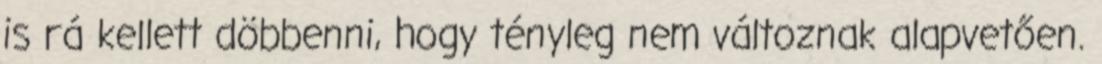
is rá kellett döbbenni, hogy tényleg nem változnak alapvetően.